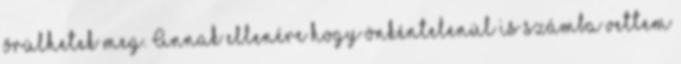
õrülhetek meg. Annak ellenére hogy önkéntelenül is számba vettem